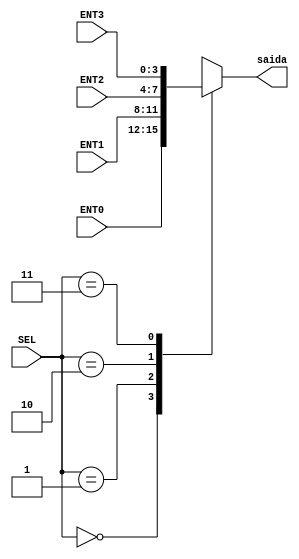
module mux4x1_4bits (
	SEL,
	ENT0,
	ENT1,
	ENT2,
	ENT3,
	saida
);

localparam p_SEL = 2;
localparam p_ent = 4;

input wire [p_ent - 1:0] ENT0, ENT1, ENT2, ENT3;
input wire [p_SEL - 1:0] SEL;

output reg [p_ent - 1:0] saida;

always @ (ENT0 or ENT1 or ENT2 or ENT3 or SEL) begin
	case (SEL)
		2'b00 : saida <= ENT0;
		2'b01 : saida <= ENT1;
		2'b10 : saida <= ENT2;
		2'b11 : saida <= ENT3;
	endcase
end

endmodule